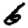
Digit: 6